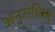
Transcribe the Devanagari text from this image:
अनुसंधित्सु